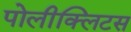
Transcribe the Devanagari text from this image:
पोलीक्लिटस